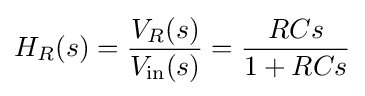
H_{R}(s)={\frac {V_{R}(s)}{V_{\rm {in}}(s)}}={\frac {RCs}{1+RCs}}